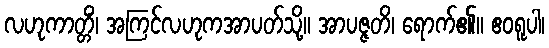
လဟုကာတ္တိံ၊ အကြင်လဟုကအာပတ်သို့။ အာပဇ္ဇတိ၊ ရောက်၏။ ဧဝရူပါ၊